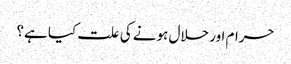
حرام اور حلال ہونے کی علت کیا ہے؟